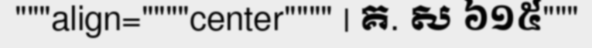
"""align=""""center"""" | គ. ស ៦១៥"""